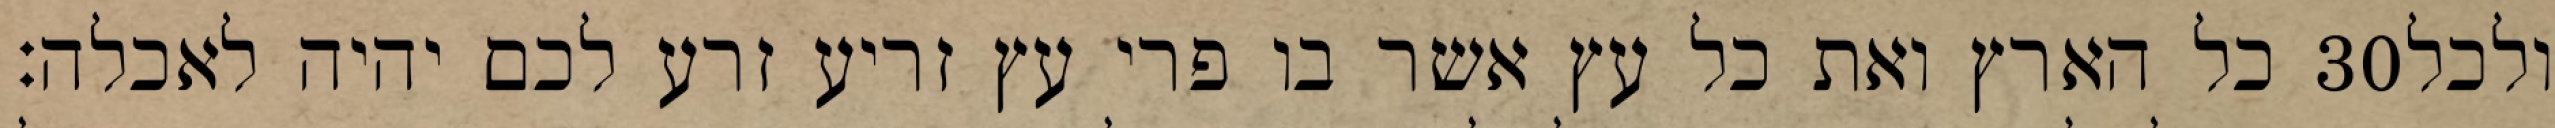
כל הארץ ואת כל עץ אשר בו פרי עץ זריע זרע לכם יהיה לאכלה׃ ‎30‏ ולכל